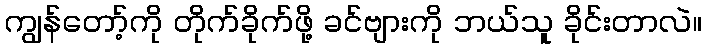
ကျွန်တော့်ကို တိုက်ခိုက်ဖို့ ခင်ဗျားကို ဘယ်သူ ခိုင်းတာလဲ။